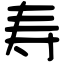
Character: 寿